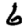
Digit: 6